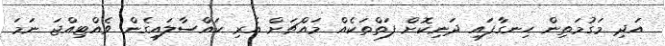
އަދި މަގުމަތިން ހިނގާފައި ދަނިކޮށް ފަތްތަކެއް މައްޗަށް އެރި ކައްސާލައިގެން ވެއްޓިއްޖަ ނަމަ